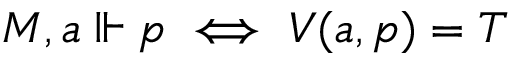
M , a \Vdash p \iff V ( a , p ) = T